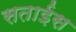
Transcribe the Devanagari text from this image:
सताईस